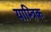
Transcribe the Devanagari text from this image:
याम्त्रिक